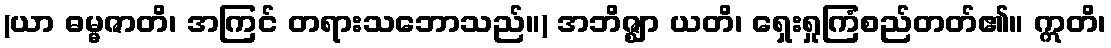
(ယာ ဓမ္မဇာတိ၊ အကြင် တရားသဘောသည်။) အဘိဇ္ဈာ ယတိ၊ ရှေးရှုကြံစည်တတ်၏။ ဣတိ၊